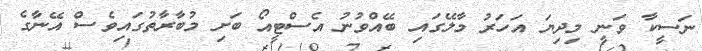
ނަސީކާ ވަނީ މިދިޔަ އަހަރު މާލޭގައި ބޭއްވުނު އެސްޓީއޯ ބަށި މުބާރާތުގައިވެސް އޭނާގެ